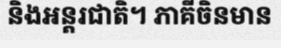
និងអន្តរជាតិ។ ភាគីចិនមាន